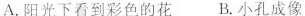
A.阳光下看到彩色的花 B.小孔成像